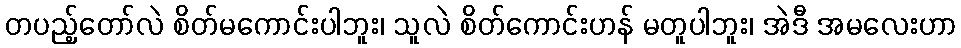
တပည့်တော်လဲ စိတ်မကောင်းပါဘူး၊ သူလဲ စိတ်ကောင်းဟန် မတူပါဘူး၊ အဲဒီ အမလေးဟာ